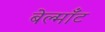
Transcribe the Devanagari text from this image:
बेल्माँट